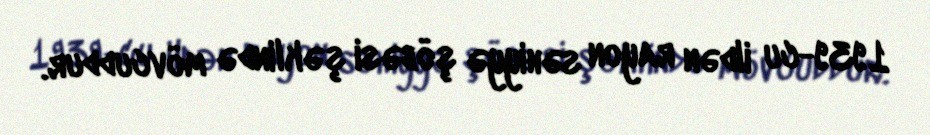
1939-cu ildən rayon səhiyyə şöbəsi şəklində mövcuddur.